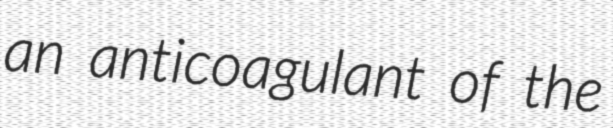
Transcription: an anticoagulant of the